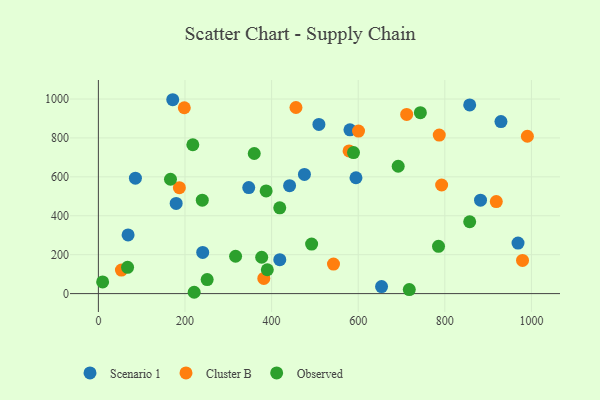
{"axis": {"x": "Study Hours", "y": "Salary"}, "legend": ["Cluster B", "Observed", "Scenario 1"], "data": [{"x": "418.9", "y": 174.5, "type": "Scenario 1"}, {"x": "475.8", "y": 612.6, "type": "Scenario 1"}, {"x": "580.9", "y": 841.6, "type": "Scenario 1"}, {"x": "857.4", "y": 969.5, "type": "Scenario 1"}, {"x": "441.5", "y": 554.8, "type": "Scenario 1"}, {"x": "969.0", "y": 259.9, "type": "Scenario 1"}, {"x": "68.6", "y": 301.6, "type": "Scenario 1"}, {"x": "882.4", "y": 479.9, "type": "Scenario 1"}, {"x": "594.8", "y": 595.4, "type": "Scenario 1"}, {"x": "929.6", "y": 884.0, "type": "Scenario 1"}, {"x": "653.9", "y": 36.3, "type": "Scenario 1"}, {"x": "240.9", "y": 211.5, "type": "Scenario 1"}, {"x": "347.2", "y": 545.0, "type": "Scenario 1"}, {"x": "179.6", "y": 463.5, "type": "Scenario 1"}, {"x": "85.5", "y": 593.4, "type": "Scenario 1"}, {"x": "171.7", "y": 996.4, "type": "Scenario 1"}, {"x": "509.2", "y": 869.4, "type": "Scenario 1"}, {"x": "600.7", "y": 835.3, "type": "Cluster B"}, {"x": "542.9", "y": 151.5, "type": "Cluster B"}, {"x": "990.6", "y": 808.7, "type": "Cluster B"}, {"x": "787.1", "y": 814.8, "type": "Cluster B"}, {"x": "187.0", "y": 544.2, "type": "Cluster B"}, {"x": "979.4", "y": 170.3, "type": "Cluster B"}, {"x": "711.9", "y": 920.8, "type": "Cluster B"}, {"x": "198.4", "y": 955.2, "type": "Cluster B"}, {"x": "792.6", "y": 558.2, "type": "Cluster B"}, {"x": "53.2", "y": 120.9, "type": "Cluster B"}, {"x": "578.9", "y": 733.1, "type": "Cluster B"}, {"x": "382.0", "y": 78.0, "type": "Cluster B"}, {"x": "456.2", "y": 956.4, "type": "Cluster B"}, {"x": "918.8", "y": 473.2, "type": "Cluster B"}, {"x": "717.9", "y": 20.6, "type": "Observed"}, {"x": "221.2", "y": 6.8, "type": "Observed"}, {"x": "387.4", "y": 527.8, "type": "Observed"}, {"x": "9.8", "y": 60.2, "type": "Observed"}, {"x": "589.1", "y": 724.8, "type": "Observed"}, {"x": "743.5", "y": 930.0, "type": "Observed"}, {"x": "692.3", "y": 654.5, "type": "Observed"}, {"x": "390.1", "y": 122.5, "type": "Observed"}, {"x": "492.4", "y": 254.5, "type": "Observed"}, {"x": "166.5", "y": 587.6, "type": "Observed"}, {"x": "316.8", "y": 191.9, "type": "Observed"}, {"x": "857.4", "y": 369.3, "type": "Observed"}, {"x": "785.4", "y": 243.0, "type": "Observed"}, {"x": "251.2", "y": 72.0, "type": "Observed"}, {"x": "218.1", "y": 765.1, "type": "Observed"}, {"x": "418.8", "y": 440.9, "type": "Observed"}, {"x": "377.1", "y": 186.8, "type": "Observed"}, {"x": "239.9", "y": 479.9, "type": "Observed"}, {"x": "67.4", "y": 134.8, "type": "Observed"}, {"x": "359.9", "y": 719.9, "type": "Observed"}]}